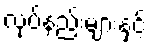
လုပ်နည်းများနှင့်